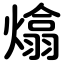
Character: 熻